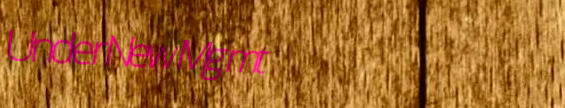
UnderNewMgmt